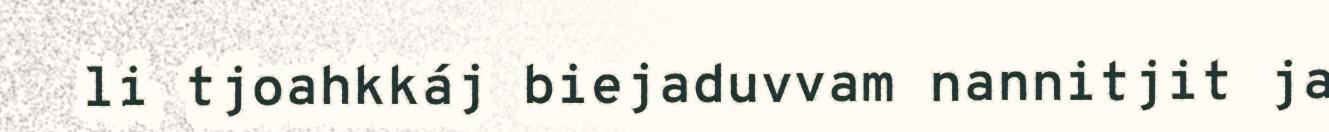
li tjoahkkáj biejaduvvam nannitjit ja